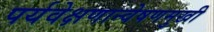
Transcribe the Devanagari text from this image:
पर्यवेक्षणान्वेषणमुखी